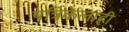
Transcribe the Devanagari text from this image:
पत्रिकेलाही